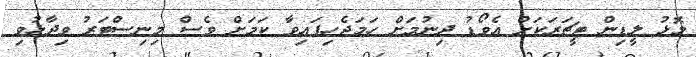
މޮޅު ލީޑިން ޓީޗަރަކަށް އެވޯޑު ދިނުމަށް ހަމަޖެހިފައިވާ ކަމަށް ވެސް މިނިސްޓަރު ވިދާޅުވި